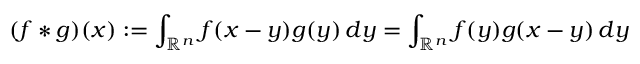
( f \ast g ) ( x ) : = \int _ { \mathbb { R } ^ { n } } f ( x - y ) g ( y ) \, d y = \int _ { \mathbb { R } ^ { n } } f ( y ) g ( x - y ) \, d y